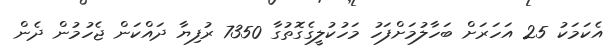
އެކަމަކު 25 އަހަރަށް ބަހާލުމަށްފަހު މަހުކުލީގެގޮތުގާ 7350 ރުފިޔާ ދައްކަން ޖެހުމުން ދެން